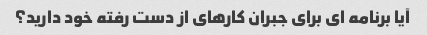
آیا برنامه ای برای جبران کارهای از دست رفته خود دارید؟